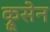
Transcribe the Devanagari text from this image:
क्रूसेन